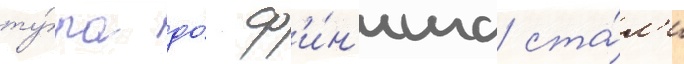
ту́ра до́ ф'и́н'иша ста́л'и